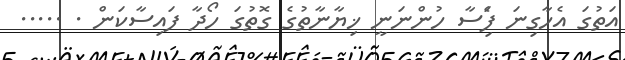
އަތުގަ އެހާގިނަ ފަެިސާ ހުންނަނީ ޚިޔާނާތުގެ ގޮތުގަ ހޯދާ ފައިސާކަން . .....